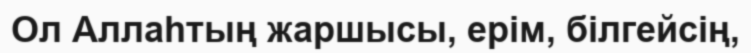
Ол Аллаһтың жаршысы, ерім, білгейсің,